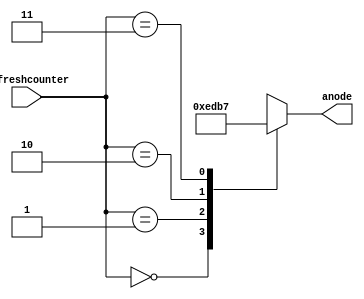
module anode_control(
input [1:0] refreshcounter,
output reg [3:0] anode=0
    );

always@ (refreshcounter)
begin
	case (refreshcounter)
		2'b00:
			anode = 4'b1110;  // sseg 1 (right most sseg display)
		2'b01:
			anode = 4'b1101;  // sseg 2
		2'b10:
			anode = 4'b1011;  // sseg 3
		2'b11:
			anode = 4'b0111;  // sseg 4 (left most sseg display)
	endcase
end
endmodule